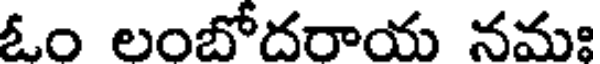
ఓం లంబోదరాయ నమః